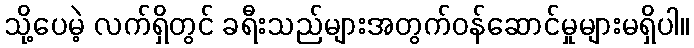
သို့ပေမဲ့ လက်ရှိတွင် ခရီးသည်များအတွက်ဝန်ဆောင်မှုများမရှိပါ။